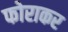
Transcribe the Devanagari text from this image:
फोराकर